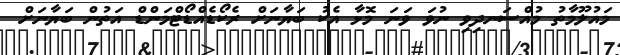
މައުލޫމާތު މުއްސަނދިވި ނުވަ ވަނަ މޮޅާ އެކު ބަޔާނަށް ރެކޯޑެއްޑޯޓްމަންޑް އަތުން ބަޔާނަށް